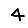
Digit: 4